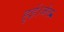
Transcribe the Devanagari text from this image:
हुई।जेल